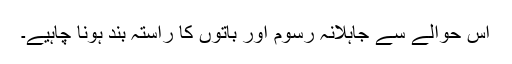
اس حوالے سے جاہلانہ رسوم اور باتوں کا راستہ بند ہونا چاہیے۔